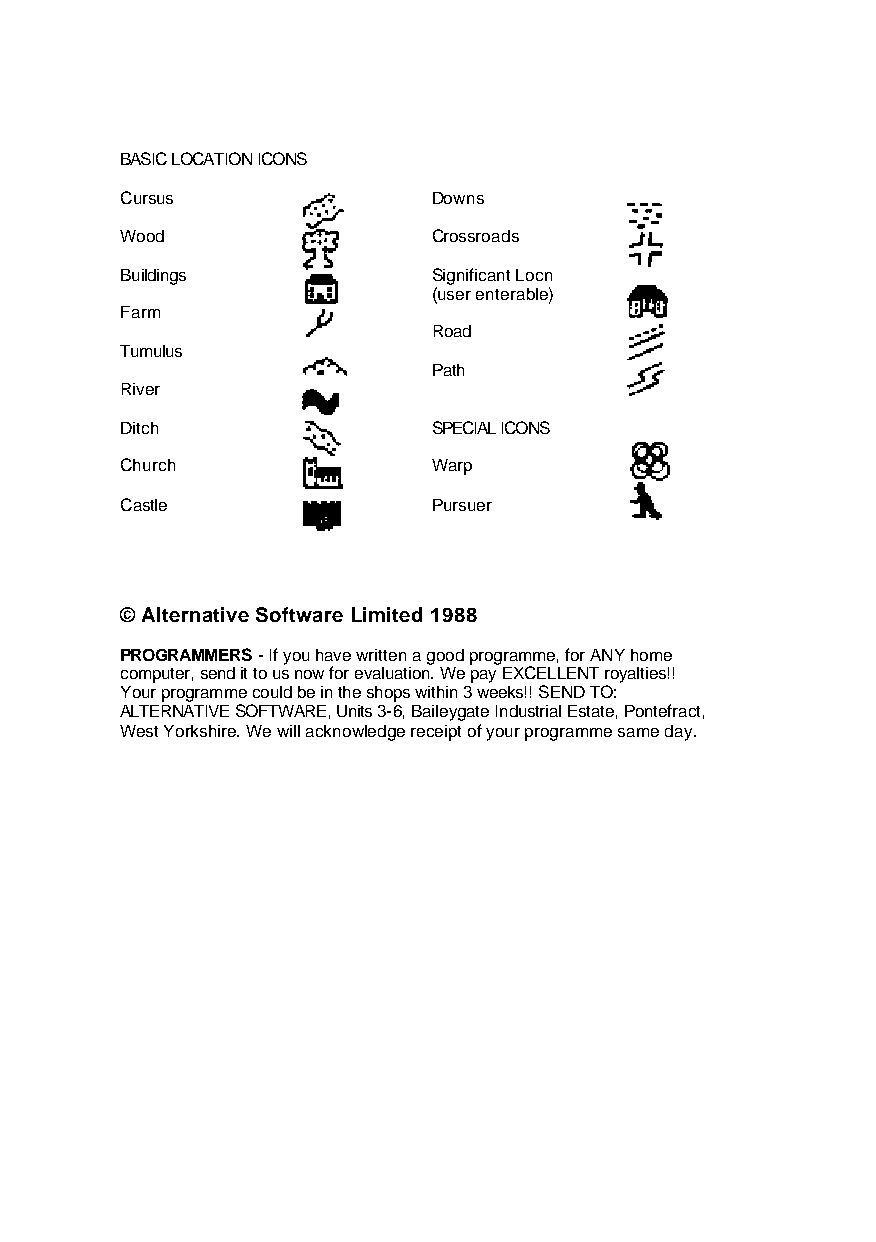
BASIC LOCATION ICONS
 Cursus               Downs
 Wood                 Crossroads
 Buildings            Significant Locn
 (user enterable)
 Farm
 Road
 Tumulus
 Path
 River
 Ditch                SPECIAL ICONS
 Church               Warp
 Castle               Pursuer
 © Alternative Software Limited 1988
 PROGRAMMERS - If you have written a good programme, for ANY home
 computer, send it to us now for evaluation. We pay EXCELLENT royalties!!
 Your programme could be in the shops within 3 weeks!! SEND TO:
 ALTERNATIVE SOFTWARE, Units 3-6, Baileygate Industrial Estate, Pontefract,
 West Yorkshire. We will acknowledge receipt of your programme same day.